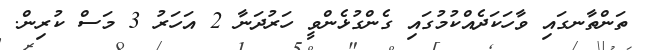
ތަންތާނގައި ވާހަކަދެއްކުމުގައި ގެންގުޅެންވީ ހަރުދަނާ 2 އަހަރު 3 މަސް ކުރިން.